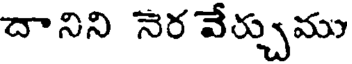
దానిని నెర వేర్చుము